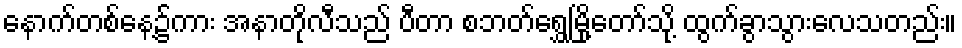
နောက်တစ်နေ့၌ကား အနာတိုလီသည် ပီတာ စဘတ်ရွှေမြို့တော်သို့ ထွက်ခွာသွားလေသတည်း။